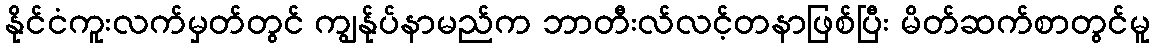
နိုင်ငံကူးလက်မှတ်တွင် ကျွန်ုပ်နာမည်က ဘာတီးလ်လင့်တနာဖြစ်ပြီး မိတ်ဆက်စာတွင်မူ